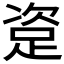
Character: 𰸏